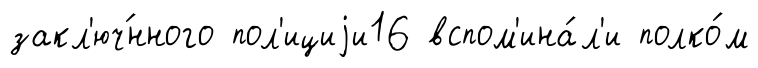
закл'юч́нного пол'ициjи16 вспом'ина́л'и полко́м